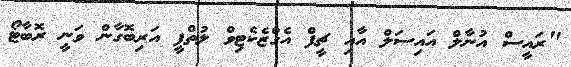
"ރައީސް އުނާލް އައިސަލް އާއި ޗީފް އެގްޒެކެޓިވް ލުތްފީ އަރިބޮގާން ވަނީ ރޮބާޓޯ